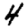
Digit: 4